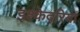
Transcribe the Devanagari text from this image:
इश्केदरियां